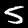
Digit: 5